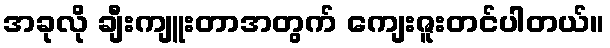
အခုလို ချီးကျူးတာအတွက် ကျေးဇူးတင်ပါတယ်။